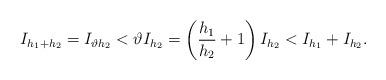
LaTeX: \begin{align*}I_{h_1+h_2}=I_{\vartheta h_2}<\vartheta I_{h_2}=\left(\frac{h_1}{h_2}+1 \right)I_{h_2}<I_{h_1}+I_{h_2}.\end{align*}